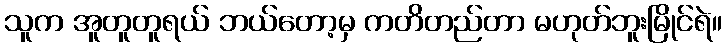
သူက အူတူတူရယ် ဘယ်တော့မှ ကတိတည်တာ မဟုတ်ဘူးမြိုင်ရဲ။